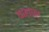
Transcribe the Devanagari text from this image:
याहापर